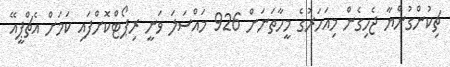
ޗިކުންގުންޔާ ޖެހިގެން މިއަހަރުގެ މީހާތަނަށް 926 މައްސަލަ ވަނީ ރިޕޯޓްކޮށްފައި ކަމަށް އެޗްޕީއޭ